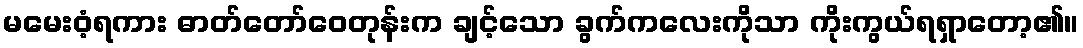
မမေးဝံ့ရကား ဓာတ်တော်ဝေတုန်းက ချင့်သော ခွက်ကလေးကိုသာ ကိုးကွယ်ရရှာတော့၏။